Juri_Uluots, lk 49
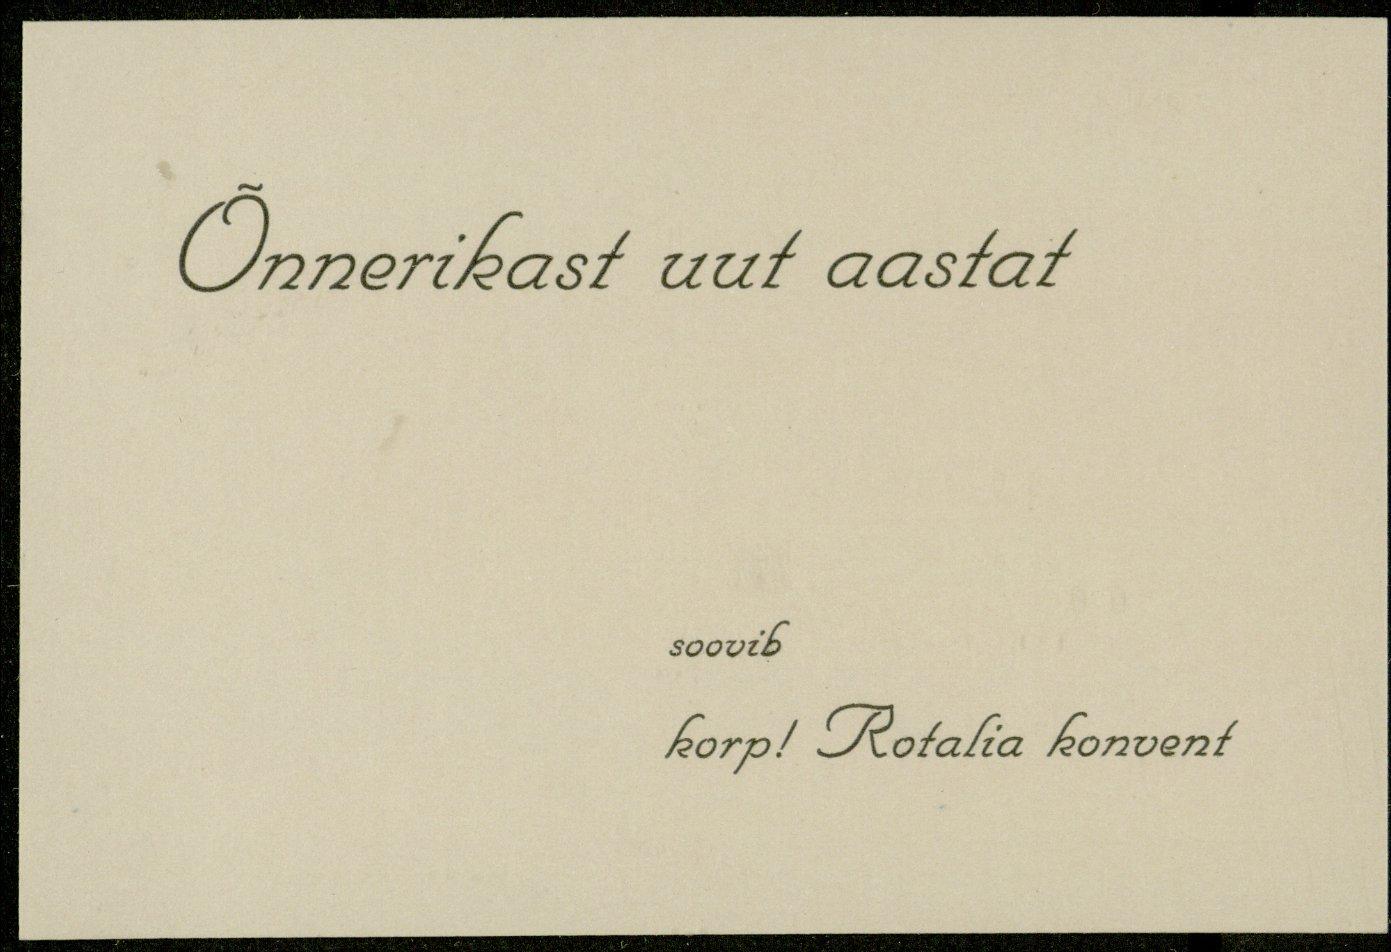
Õnnerikast uut aastat
soovib
korp! Rotalia konvent